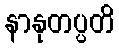
နာနုတပ္ပတိ